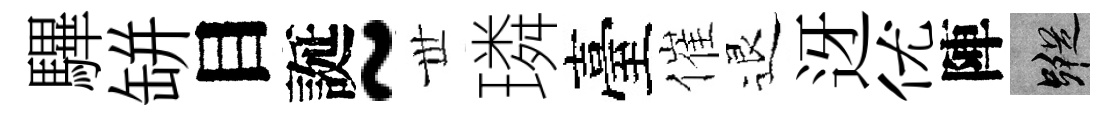
驆缾目誕~𠀍璘臺催退迓优陣蹤